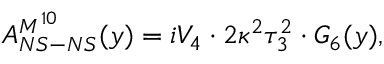
A _ { N S - N S } ^ { M ^ { 1 0 } } ( y ) = i V _ { 4 } \cdot 2 \kappa ^ { 2 } \tau _ { 3 } ^ { 2 } \cdot G _ { 6 } ( y ) ,